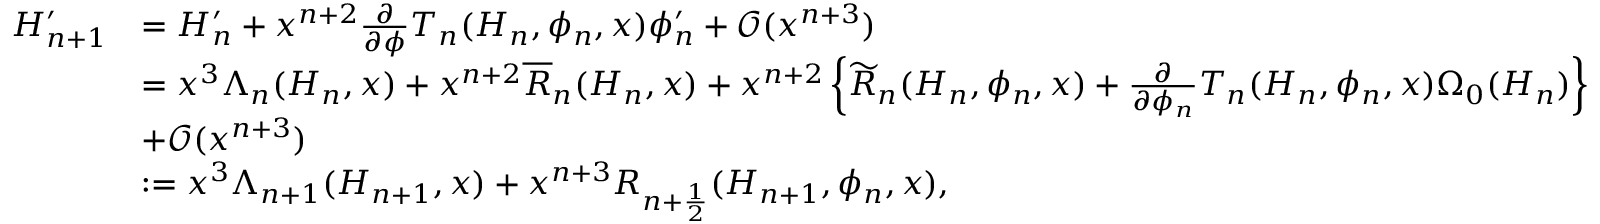
\begin{array} { r l } { H _ { n + 1 } ^ { \prime } } & { = H _ { n } ^ { \prime } + x ^ { n + 2 } \frac { \partial } { \partial \phi } T _ { n } ( H _ { n } , \phi _ { n } , x ) \phi _ { n } ^ { \prime } + \mathcal O ( x ^ { n + 3 } ) } \\ & { = x ^ { 3 } \Lambda _ { n } ( H _ { n } , x ) + x ^ { n + 2 } \overline { R } _ { n } ( H _ { n } , x ) + x ^ { n + 2 } \left\{ \widetilde R _ { n } ( H _ { n } , \phi _ { n } , x ) + \frac { \partial } { \partial \phi _ { n } } T _ { n } ( H _ { n } , \phi _ { n } , x ) \Omega _ { 0 } ( H _ { n } ) \right\} } \\ & { + \mathcal O ( x ^ { n + 3 } ) } \\ & { : = x ^ { 3 } \Lambda _ { n + 1 } ( H _ { n + 1 } , x ) + x ^ { n + 3 } R _ { n + \frac 1 2 } ( H _ { n + 1 } , \phi _ { n } , x ) , } \end{array}